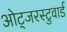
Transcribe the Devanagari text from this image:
ओट्जरस्टुवार्ड